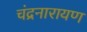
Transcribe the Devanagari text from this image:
चंद्रनारायण